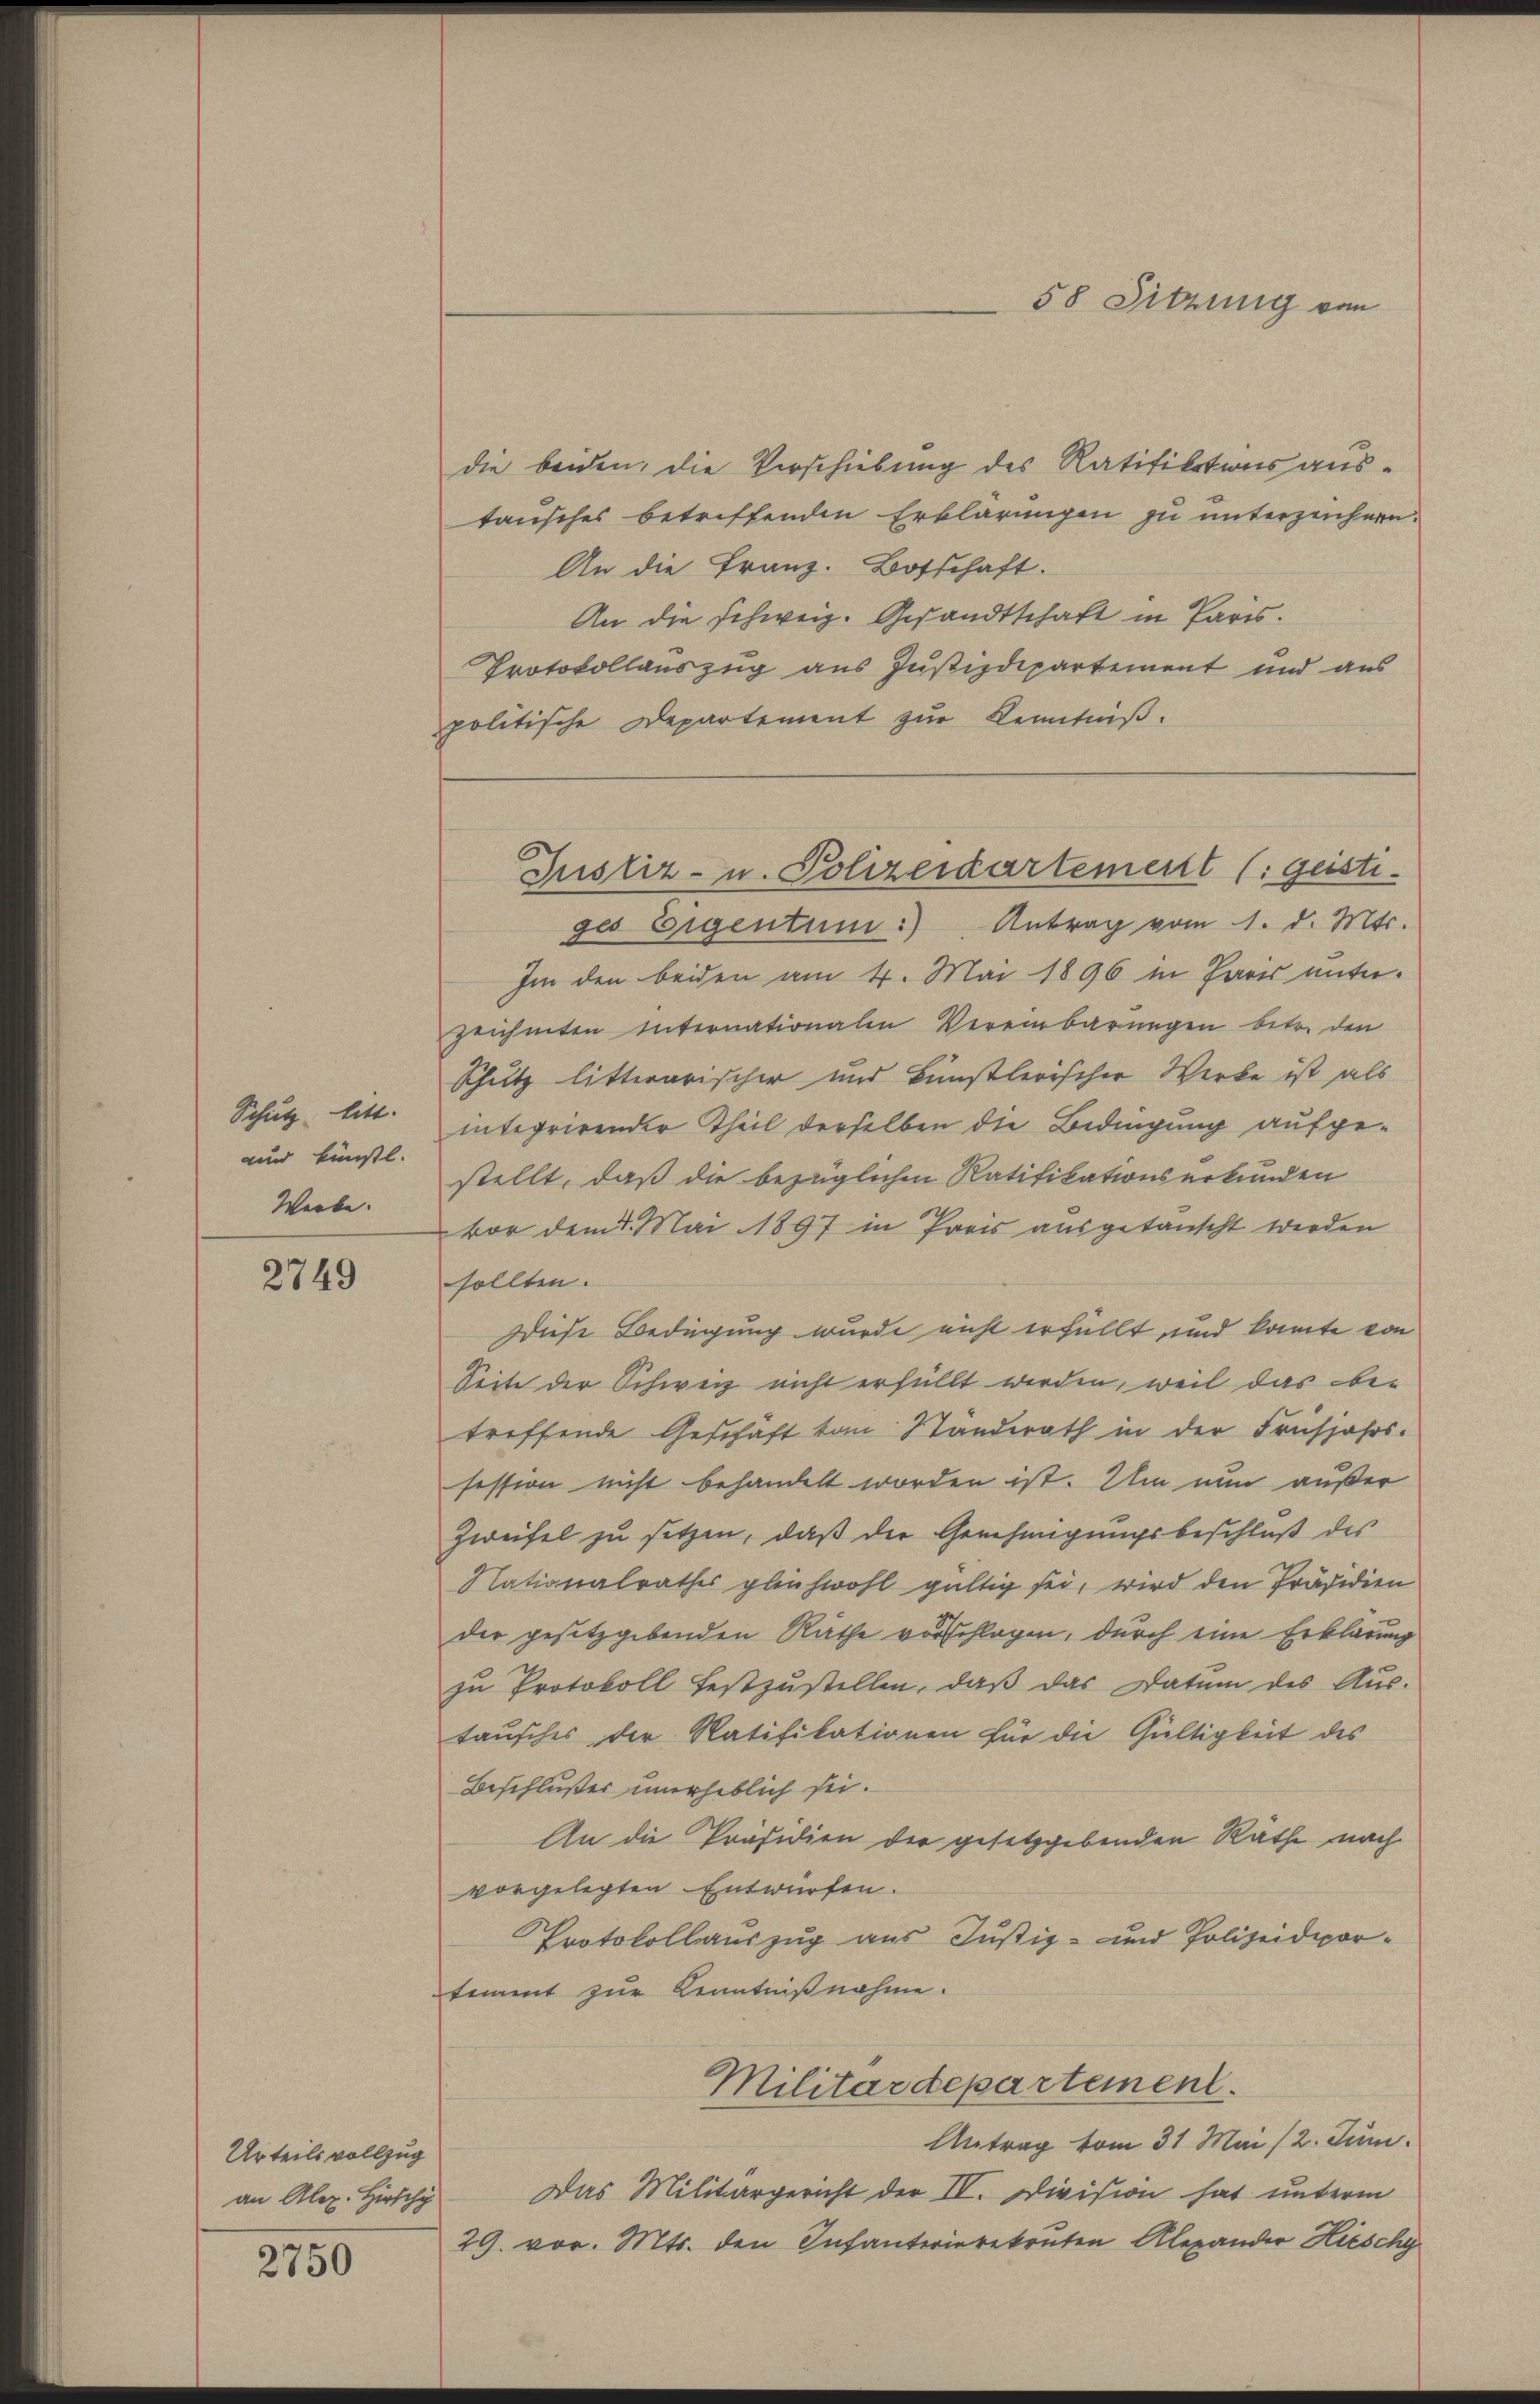
Schutz litt.
uund künstl.
Werbe.

2749

Urteilsvollzug
an Alex. Hirsch

2750

58 Sitzung von

die beiden, die Verschiebung des Ratifikations austausches betriffenden Erklärungen zu unterzeichnen.
An die Franz. Botschaft.
An die schweiz. Gesandtschaft in Paris.
Protokollauszug aus Justizdepartement und aus
politische Departement zur Kenntniß.

Justiz- u. Polizeidartement (:geisti-

ges Eigentum.) Antrag vom 1. d. Mts.
Im den beiden am 4. Mai 1896 in Paris unter-
zeichneten Internationalen Vereinbarungen betr. den
Schutz litterarischer und künstlerischer Werke ist als
integrirender Theil derselben die Bedingung aufgestellt, daß die bezüglichen Ratifikationserkunden
vor dem 1. Mai 1897 in Preis ausgetanscht werden
sollten.
Diese Bedingung wurde nicht erfüllt und kannte von
Seite der Schweiz nicht erfüllt werden, weil das betreffende Geschäft vom Standerath in der Frühjahrs-
session nicht behandelt worden ist. Um nun außer
Zweifel zu setzen, daß der Genehmigungsbeschluß des
Nationalrathes gleichwohl gültig sei, wird den Präsidien
der gesetzgebenden Räthe vorschlagen, durch eine Erklärung
zu Protokoll festzustellen, daß das Datum des Aus-
taŭsches der Ratifikationen für die Gültigkeit des
Beschlußes unerheblich sei.
An die Präsidien der gesetzgebenden Rathe nach
vorgelegten Entwürfen.
PProtokollsauszug aus Justiz- und Polizeidevortnamt zur Kenntnißnahme.
Militärdepartement.
Antrag vom 31. Mai 12. Juni.
Das Militärgericht der IV. Division hat unterm
29. vor. Mts. den Infanterierekruten Alexander Hieschy